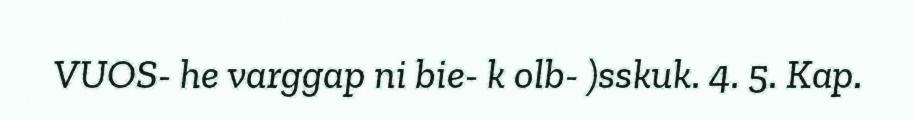
VUOS- he varggap ni bie- k olb- )sskuk. 4. 5. Kap.